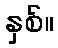
နှစ်။